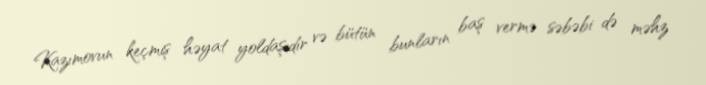
Kazımovun keçmiş həyat yoldaşıdır və bütün bunların baş vermə səbəbi də məhz